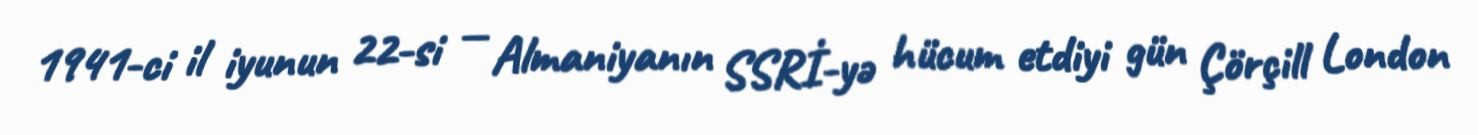
1941-ci il iyunun 22-si — Almaniyanın SSRİ-yə hücum etdiyi gün Çörçill London